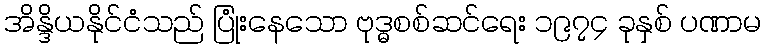
အိန္ဒိယနိုင်ငံသည် ပြုံးနေသော ဗုဒ္ဓစစ်ဆင်ရေး ၁၉၇၄ ခုနှစ် ပဏာမ